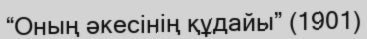
“Оның әкесінің құдайы” (1901)